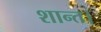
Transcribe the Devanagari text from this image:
शान्त।